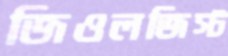
জিওলজিস্ট